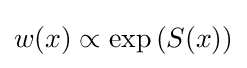
w(x)\propto \exp \left(S(x)\right)